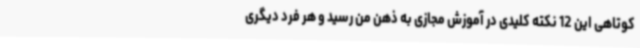
کوتاهی این 12 نکته کلیدی در آموزش مجازی به ذهن من رسید و هر فرد دیگری